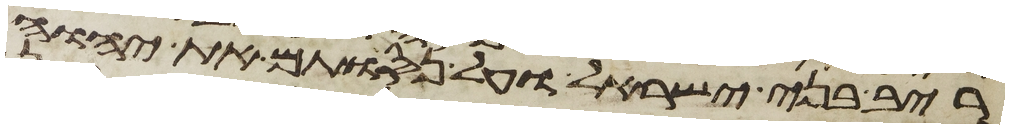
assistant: ריב בני ישראל ועל נסותם את יהוה